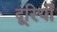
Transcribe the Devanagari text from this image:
दूरियोँ